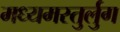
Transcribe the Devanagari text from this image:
मध्यमस्तुर्लुग